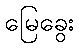
မြေခွေး